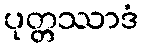
ပုတ္တဿာဒံ